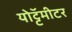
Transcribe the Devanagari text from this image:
योट्टॅमीटर